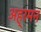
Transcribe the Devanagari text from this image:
अह्रमन